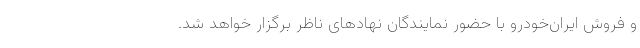
و فروش ایران‌خودرو با حضور نمایندگان نهادهای ناظر برگزار خواهد شد.